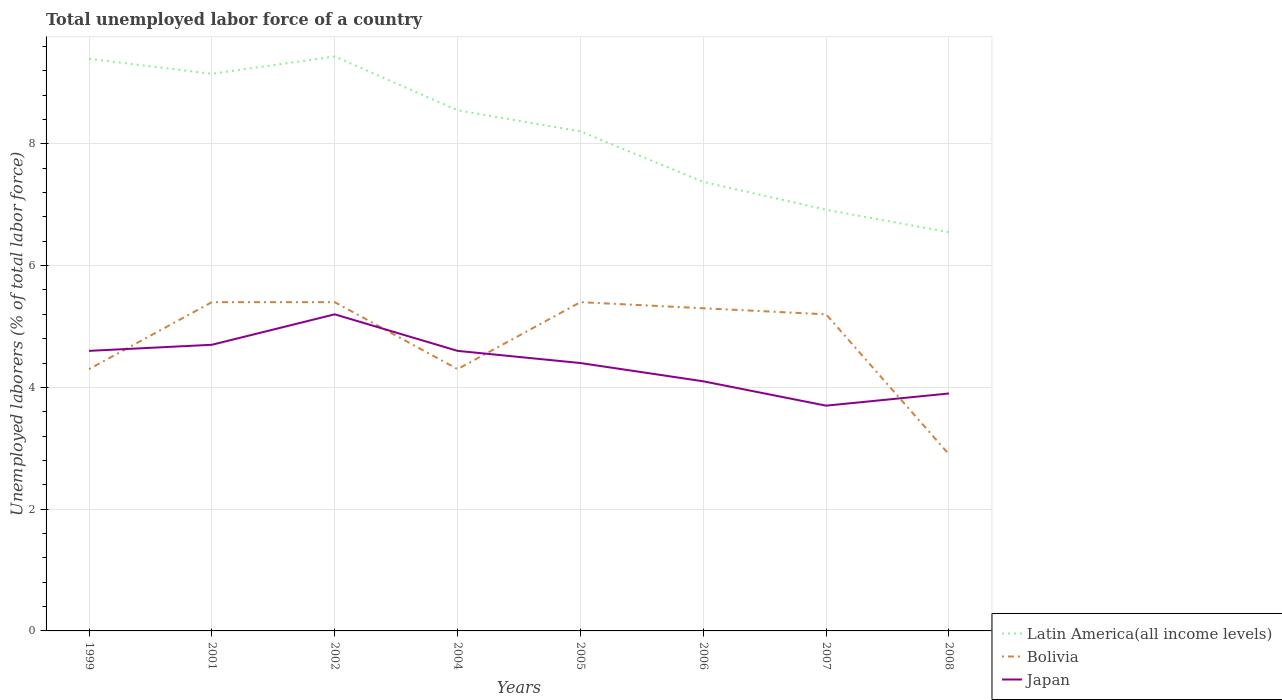
| Years | Latin America(all income levels) | Bolivia | Japan |
 | --- | --- | --- | --- |
 | 1999 | 9.4 | 4.3 | 4.6 |
 | 2001 | 9.15 | 5.4 | 4.7 |
 | 2002 | 9.44 | 5.4 | 5.2 |
 | 2004 | 8.55 | 4.3 | 4.6 |
 | 2005 | 8.2 | 5.4 | 4.4 |
 | 2006 | 7.38 | 5.3 | 4.1 |
 | 2007 | 6.92 | 5.2 | 3.7 |
 | 2008 | 6.55 | 2.9 | 3.9 |